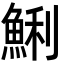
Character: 鯏